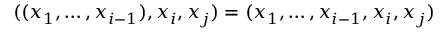
( ( x _ { 1 } , \dots , x _ { i - 1 } ) , x _ { i } , x _ { j } ) = ( x _ { 1 } , \dots , x _ { i - 1 } , x _ { i } , x _ { j } )